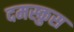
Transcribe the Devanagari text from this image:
दमस्कुस